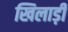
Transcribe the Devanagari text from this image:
खिलाड़ी